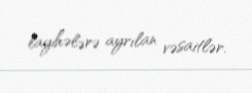
layihələrə ayrılan vəsaitlər.